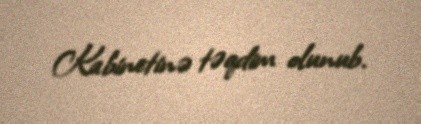
Kabinetinə təqdim olunub.